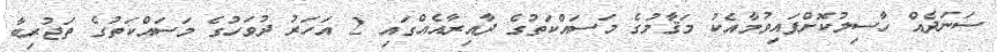
ސަނަދެއް ހާސިލުކޮށްފައިވުމާއެކު މަޤާމުގެ މަސައްކަތުގެ ދާއިރާއެއްގައި 2 އަހަރު ދުވަހުގެ މަސައްކަތުގެ ތަޖުރިބާ